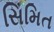
સિમિત